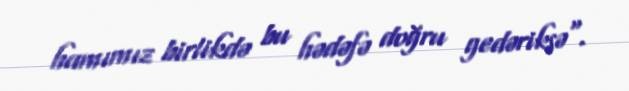
hamımız birlikdə bu hədəfə doğru gedəriksə".